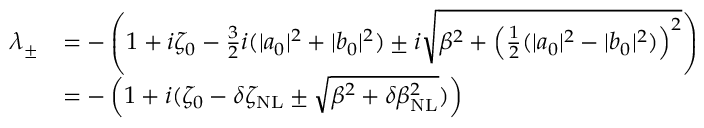
\begin{array} { r l } { \lambda _ { \pm } } & { = - \left( 1 + i \zeta _ { 0 } - \frac { 3 } { 2 } i ( | a _ { 0 } | ^ { 2 } + | b _ { 0 } | ^ { 2 } ) \pm i \sqrt { \beta ^ { 2 } + \left( \frac { 1 } { 2 } ( | a _ { 0 } | ^ { 2 } - | b _ { 0 } | ^ { 2 } ) \right) ^ { 2 } } \right) } \\ & { = - \left( 1 + i ( \zeta _ { 0 } - \delta \zeta _ { \mathrm { N L } } \pm \sqrt { \beta ^ { 2 } + \delta \beta _ { \mathrm { N L } } ^ { 2 } } ) \right) } \end{array}